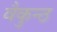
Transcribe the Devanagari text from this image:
वैकुन्ठ